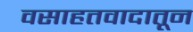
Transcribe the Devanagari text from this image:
वसाहतवादातून